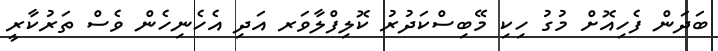
ބަދަން ފެހިއޮށް މުގު ހިކި މޭބިސްކަދުރު ކޮލިފްލާވަރ އަދި އެހެނިހެން ވެސް ތަރުކާރީ